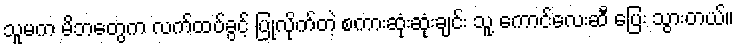
သူမက မိဘတွေက လက်ထပ်ခွင့် ပြုလိုက်တဲ့ စကားဆုံးဆုံးချင်း သူ့ ကောင်လေးဆီ ပြေး သွားတယ်။